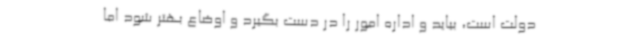
دولت است، بیاید و اداره امور را در دست بگیرد و اوضاع بهتر شود اما